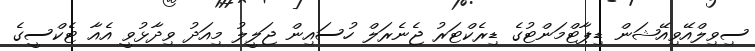
ސިވިލްއޭވިއޭޝަން ޑިޕާޓްމަންޓުގެ ޑިރެކްޓަރު ޖެނެރަލް ހުސައިން ޖަލީލު މިއަދު ވިދާޅުވީ އެއާ ޓެކްސީގެ